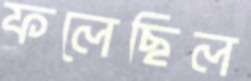
ফলেছিল